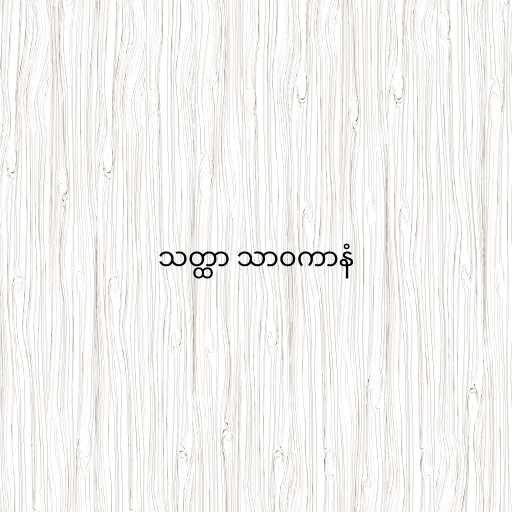
သတ္ထာ သာဝကာနံ